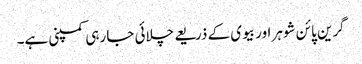
گرین پائن شوہر اور بیوی کے ذریعے چلائی جا رہی کمپنی ہے۔